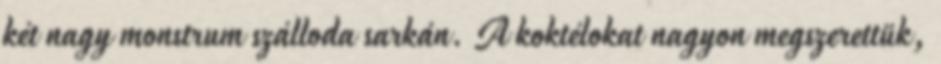
két nagy monstrum szálloda sarkán. A koktélokat nagyon megszerettük,